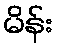
မိန်း